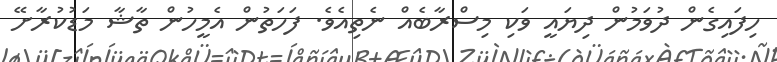
ހިފައިގެން ދުވަމުން ދިޔައީ ވަކި މިސްރާބެއް ނެތިއެވެ. ފަހަތުން އެމީހުން ތާޝާ މަޑުކުރާށޭ